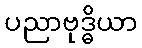
ပညာဗုဒ္ဓိယာ